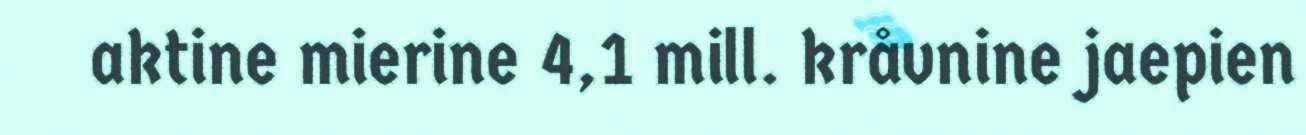
aktine mierine 4,1 mill. kråvnine jaepien